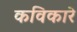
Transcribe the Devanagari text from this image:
कविकारे